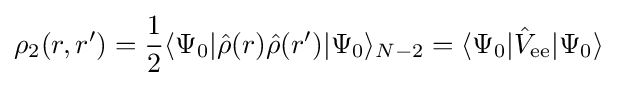
\rho _{2}(r,r')={\frac {1}{2}}\langle \Psi _{0}|{\hat {\rho }}(r){\hat {\rho }}(r')|\Psi _{0}\rangle _{N-2}=\langle \Psi _{0}|{\hat {V}}_{\text{ee}}|\Psi _{0}\rangle